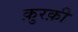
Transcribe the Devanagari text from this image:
क़ुरक़ी